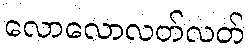
လောလောလတ်လတ်